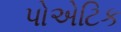
પોએટિક